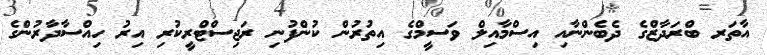
އާތަރ ބްރަދާޒްގެ ދެބެންނާއި އިސްމާއިލް ވަސީމްގެ އިތުރުން ކުންފުނި ރަޖިސްޓްރީކުރި އިރު ހިއްސާދާރުންގެ